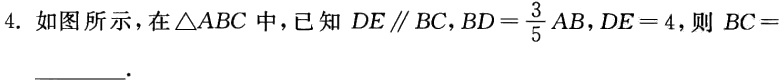
4. 如图所示，在$\triangle ABC$中，已知$DE\parallel BC$，$BD = \frac{3}{5}AB$，$DE = 4$，则$BC =$ ___.